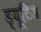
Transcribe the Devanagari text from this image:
ड्यूटिज